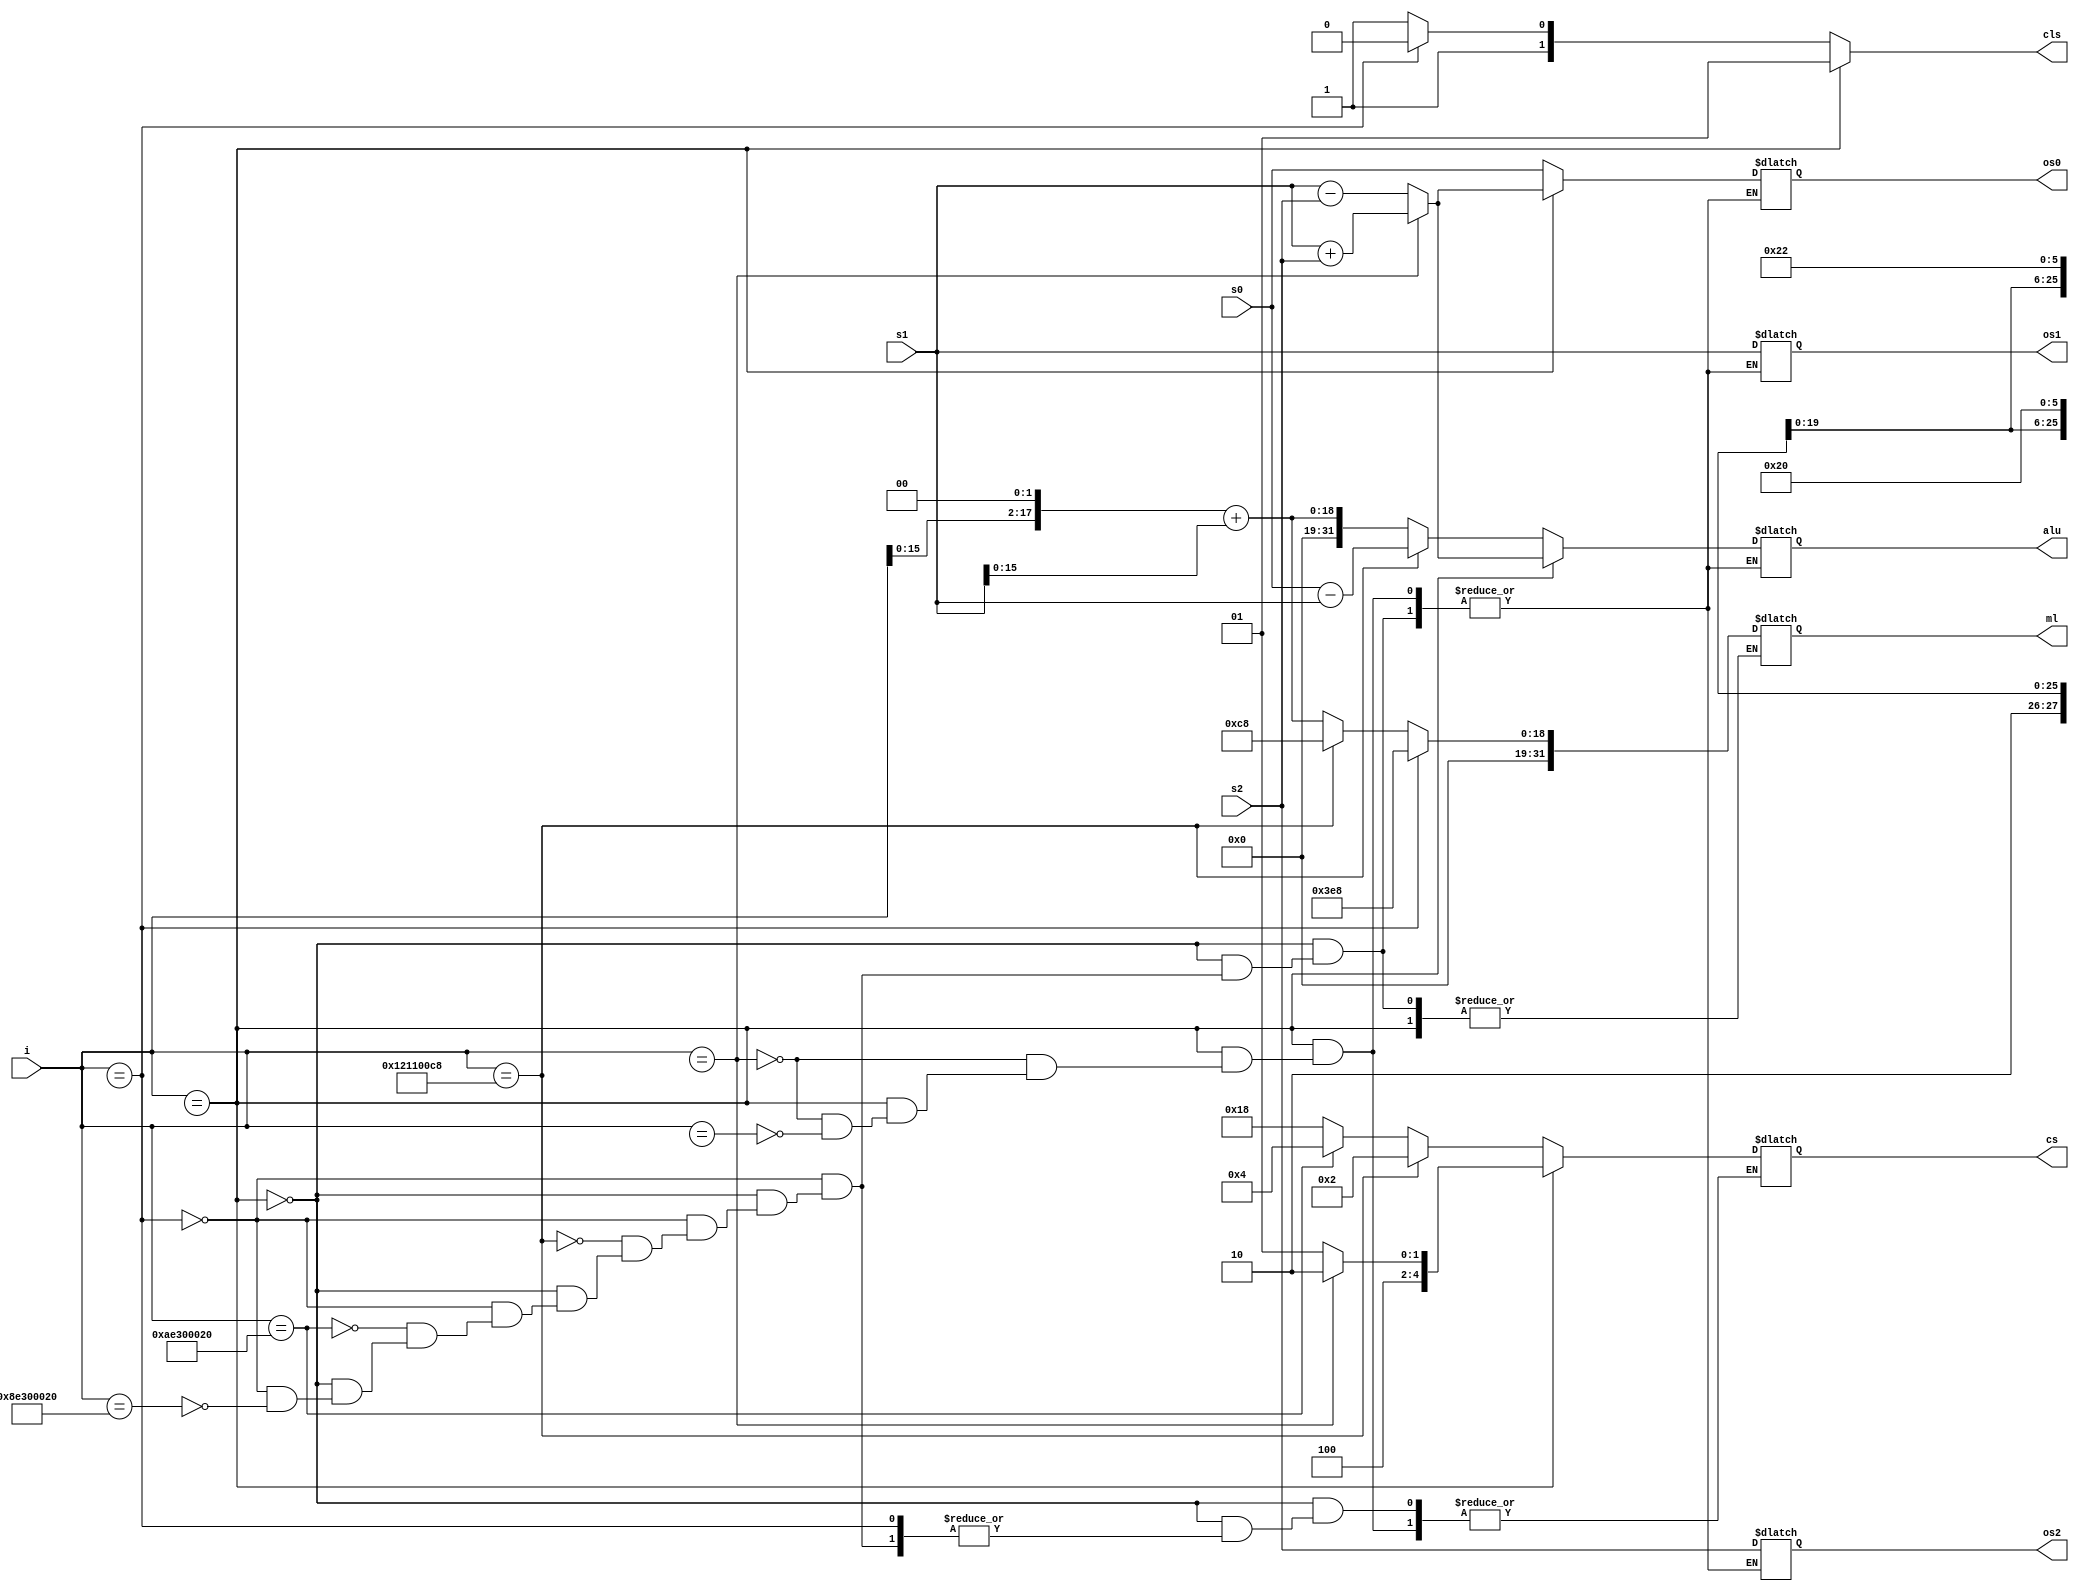
module instructions(i,s0,s1,s2,cls,cs,os0,os1,os2,ml,alu);
input [31:0]i;
input [31:0]s0;
input [31:0]s1;
input [31:0]s2;


output reg[1:0]cls;
output reg[4:0]cs;
output reg[31:0]os0;
output reg[31:0]os1;
output reg[31:0]os2;
output reg[31:0]alu;
output reg[31:0]ml;

always @(i or s0 or s1 or s2)

begin

if(i== 32'b000000xxxxxxxxxxxxxxxxxxxxxxxxxx)
begin
cls = 2'b01;
if(i==32'b000000xxxxxxxxxxxxxxxxxxxx100000)
begin
cs = 5'b10010;
alu = s1+s2;
os0 = alu;
os1 = s1;
os2 = s2;
end
else if(i==32'b000000xxxxxxxxxxxxxxxxxxxx100010)
begin
cs = 5'b10001;
alu = s1 - s2;
os0 = alu;
os1 = s1;
os2 = s2;
end
end

else if(i== 32'b000010xxxxxxxxxxxxxxxxxxxxxxxxxx)
begin
cls = 2'b10;
ml = 1000;
alu = 32'bxxxxxxxxxxxxxxxxxxxxxxxxxxxxxxxx;
os0 = s0;
os1 = s1;
os2 = s2;
end

else
begin
cls = 2'b11;
if( i == 32'b10001110001100000000000000100000)
begin
cs = 5'b11000;
alu = (i[15:0] << 2) + s1[15:0];
ml = alu;
os0 = s0;
os1 = s1;
os2 = s2;
end

if(i == 32'b10101110001100000000000000100000)
begin
cs = 5'b00100;
ml = (i[15:0] << 2)+s1[15:0];
alu = ml;
os0 = s0;
os1 = s1;
os2 = s2;
end

if(i == 32'b00010010000100010000000011001000)
begin
cs = 5'b00010;
ml = 200;
alu = s0 - s1;
os0 = s0;
os1 = s1;
os2 = s2;
end

end
end

endmodule